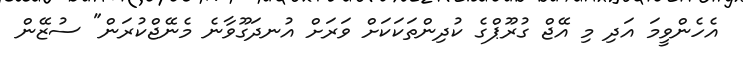
އެހެންވީމަ އަދި މި އޭޖް ގުރޫޕްގެ ކުދިންތަކަކަށް ވަރަށް އުނދަގޫވާނެ މެނޭޖްކުރަން" ސުޒޭން